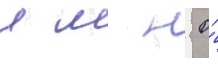
л м н о́